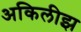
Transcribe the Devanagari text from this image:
अकिलीझ